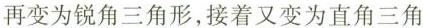
再变为锐角三角形，接着又变为直角三角